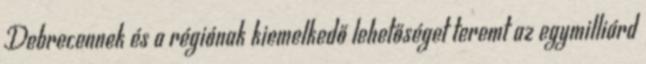
Debrecennek és a régiónak kiemelkedő lehetőséget teremt az egymilliárd